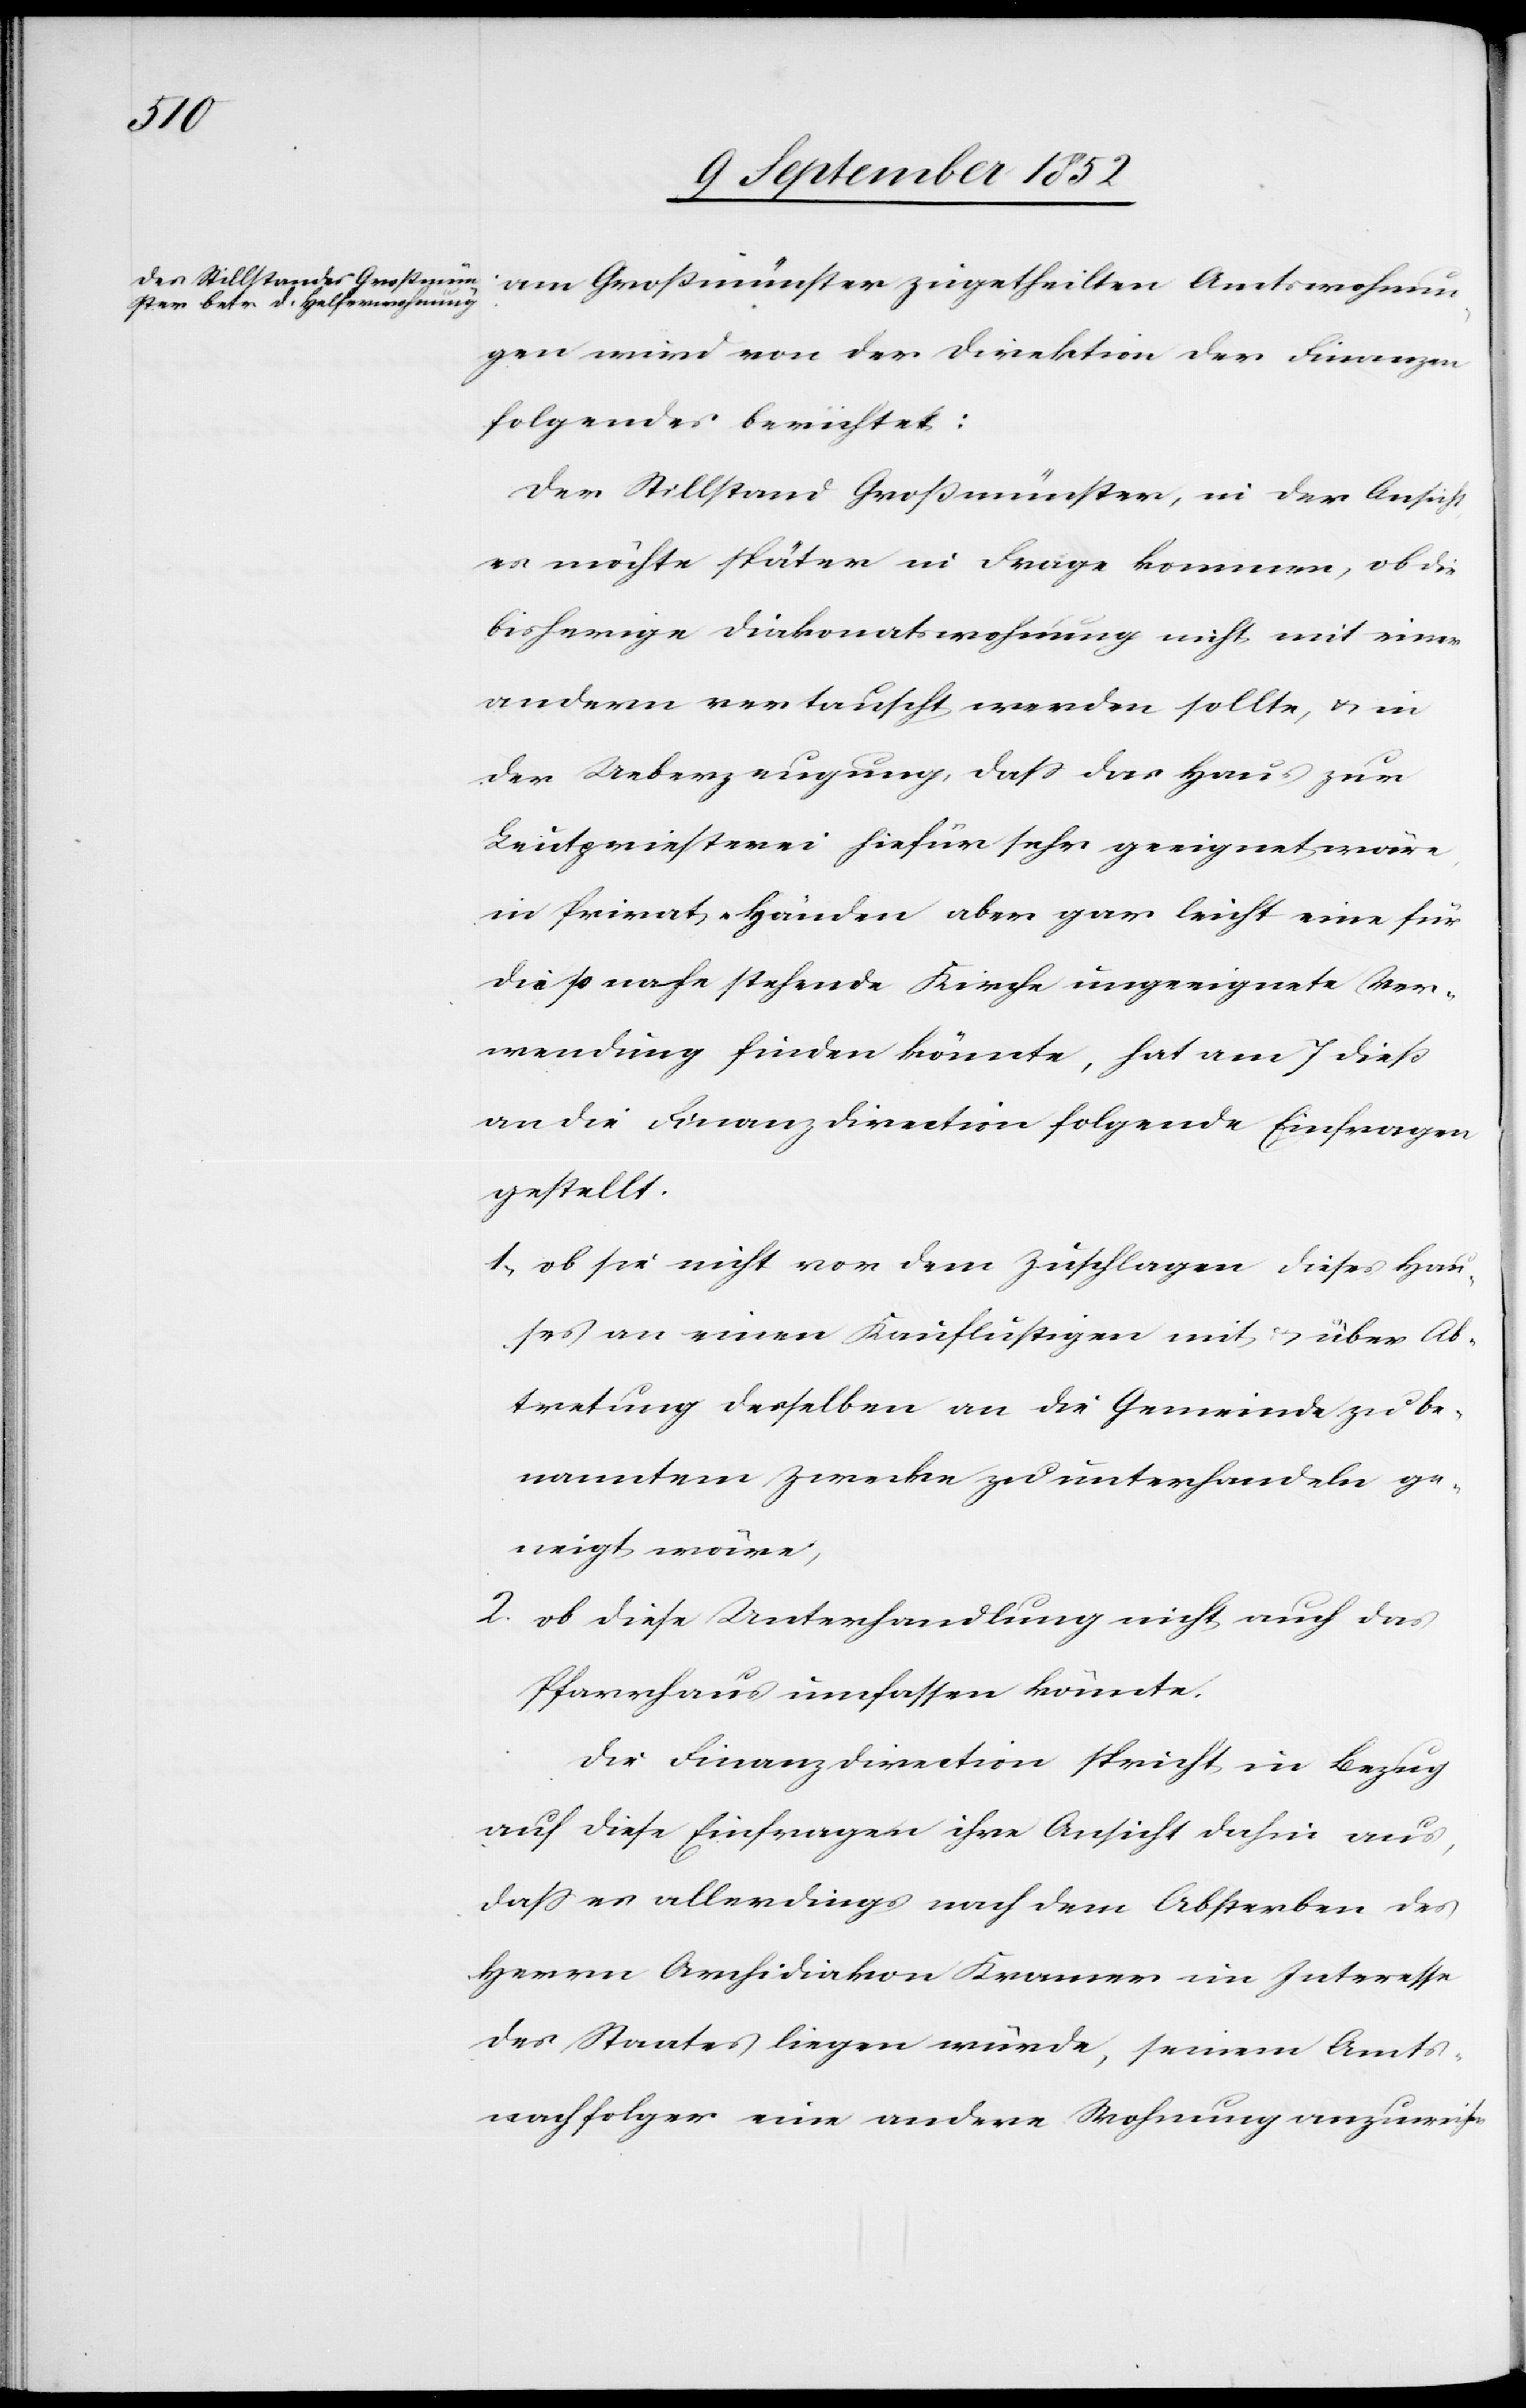
am Großmünster zugetheilten Amtswohnun¬
gen wird von der Direktion der Finanzen
folgendes berichtet:
Der Stillstand Großmünster, in der Ansicht,
es möchte später in Frage kommen, ob die
bisherige Diakonatswohnung nicht mit einer
andern vertauscht werden sollte, & in
der Ueberzeugung, dass das Haus zur
Leutpriesterei hiefür sehr geeignet wäre,
in Privat-Händen aber gar leicht eine für
die so nahe stehende Kirche ungeeignete Ver¬
wendung finden könnte, hat am 7 dieß
an die Finanzdirection folgende Einfragen
gestellt.
ob sie nicht vor dem Zuschlagen dieses Hau¬
ses an einen Kauflustigen mit & über Ab¬
tretung desselben an die Gemeinde zu be¬
nanntem Zwecke zu unterhandeln ge¬
neigt wäre;
ob diese Unterhandlung nicht auch das
Pfarrhaus umfassen könnte.
Die Finanzdirection spricht in Bezug
auf diese Einfragen ihre Ansicht dahin aus,
dass es allerdings nach dem Absterben des
Herrn Archidiakon Kramer im Interesse
des Staates liegen würde, seinem Amts¬
nachfolger eine andere Wohnung anzuweisen